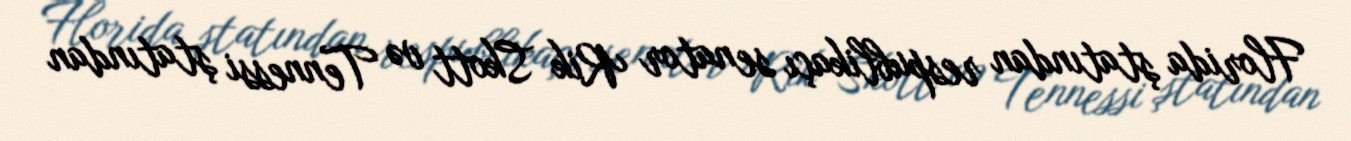
Florida ştatından respublikaçı senator Rik Skott və Tennessi ştatından